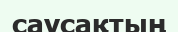
саусақтың